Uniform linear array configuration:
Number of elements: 32
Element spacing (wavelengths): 0.25
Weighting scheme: binomial
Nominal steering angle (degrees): -30
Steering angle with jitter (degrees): -29.052
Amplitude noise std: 0.05
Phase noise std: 0.05

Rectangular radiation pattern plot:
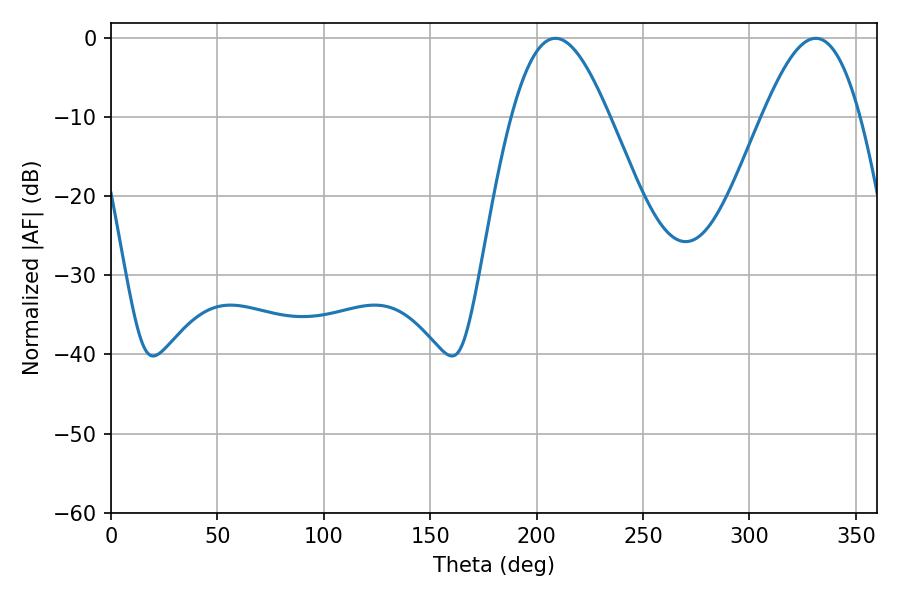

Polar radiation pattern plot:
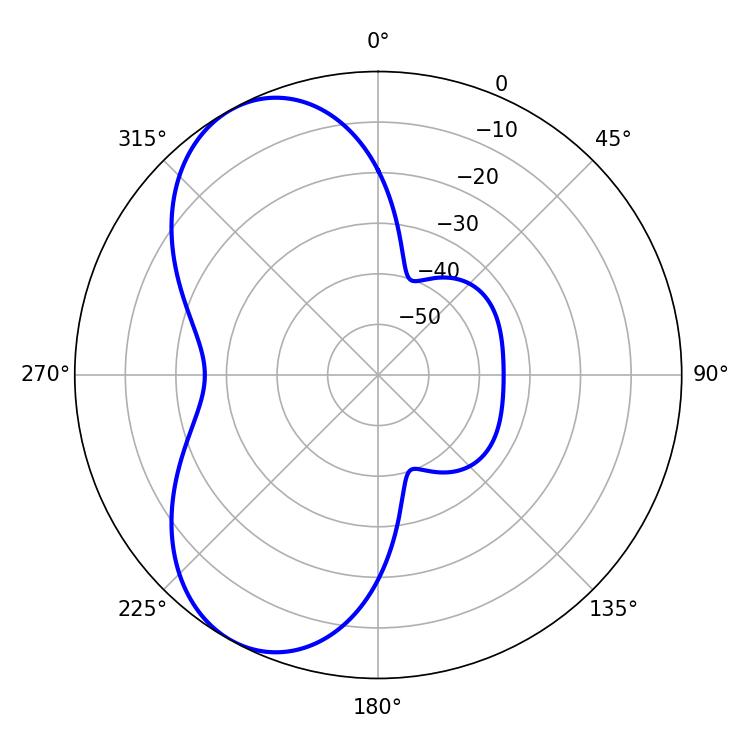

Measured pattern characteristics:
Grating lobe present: FALSE
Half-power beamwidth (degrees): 24.84
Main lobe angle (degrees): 208.8